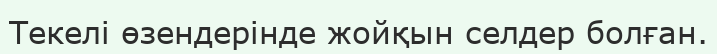
Текелі өзендерінде жойқын селдер болған.